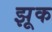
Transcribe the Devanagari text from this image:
झूक